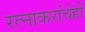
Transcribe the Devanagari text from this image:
रत्‍नाकरांचेही